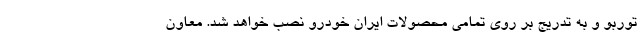
توربو و به تدریج بر روی تمامی محصولات ایران خودرو نصب خواهد شد. معاون